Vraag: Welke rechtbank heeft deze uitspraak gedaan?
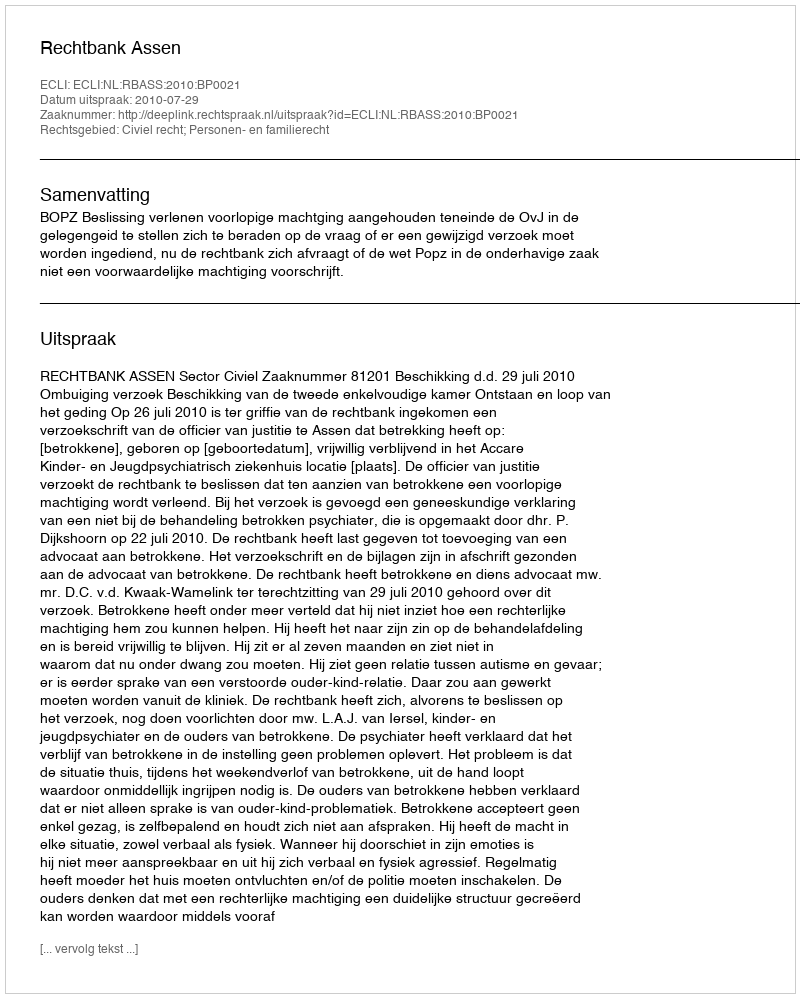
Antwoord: Rechtbank Assen